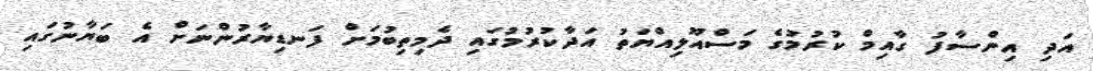
އަދި އިންސާފު ގާއިމް ކުރުމުގެ މަސްއޫލިއްޔަތު އަދާކުރުމުގައި ދެމިތިބުމަށް ފަނޑިޔާރުންނަށް އެ ބަޔާނުގައި